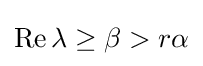
\operatorname {Re} \lambda \geq \beta >r\alpha